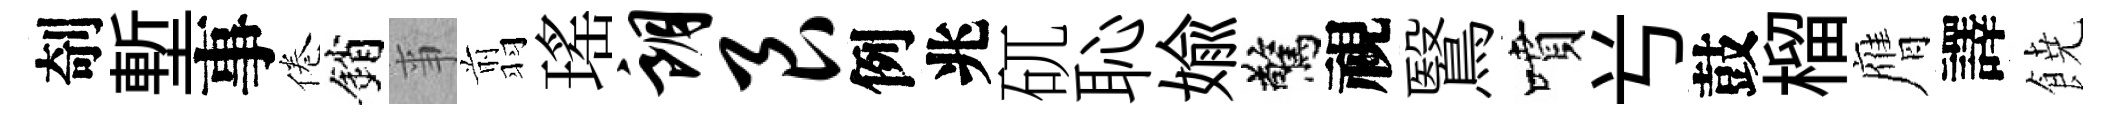
剞塹事倦銷亊翦瑤朗艮例兆矹恥媮驚視鷖噴𠔃鼓榴膺譯𩜙